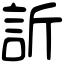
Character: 訢